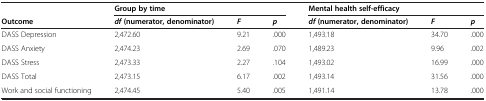
<table><thead><tr><td>[EMPTY_CELL]</td><td colspan="3"><b>Group by time</b></td><td colspan="3"><b>Mental health self-efficacy</b></td></tr><tr><td><b>Outcome</b></td><td><b><i>df</i>(numerator, denominator)</b></td><td><b><i>F</i></b></td><td><b><i>p</i></b></td><td><b><i>df</i>(numerator, denominator)</b></td><td><b><i>F</i></b></td><td><b><i>p</i></b></td></tr></thead><tbody><tr><td>DASS Depression</td><td>2,472.60</td><td>9.21</td><td>.000</td><td>1,493.18</td><td>34.70</td><td>.000</td></tr><tr><td>DASS Anxiety</td><td>2,474.23</td><td>2.69</td><td>.070</td><td>1,489.23</td><td>9.96</td><td>.002</td></tr><tr><td>DASS Stress</td><td>2,473.33</td><td>2.27</td><td>.104</td><td>1,493.02</td><td>16.99</td><td>.000</td></tr><tr><td>DASS Total</td><td>2,473.15</td><td>6.17</td><td>.002</td><td>1,493.14</td><td>31.56</td><td>.000</td></tr><tr><td>Work and social functioning</td><td>2,474.45</td><td>5.40</td><td>.005</td><td>1,491.14</td><td>13.78</td><td>.000</td></tr></tbody></table>